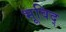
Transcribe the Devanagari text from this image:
भूविद्